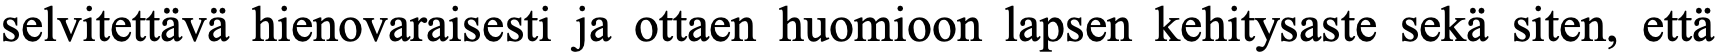
selvitettävä hienovaraisesti ja ottaen huomioon lapsen kehitysaste sekä siten, että